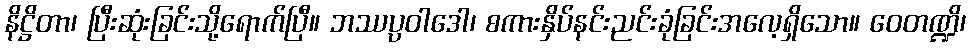
နိဋ္ဌိတာ၊ ပြီးဆုံးခြင်းသို့ရောက်ပြီ။ ဘဿပ္ပဝါဒေါ၊ စကားနှိပ်နင်းညင်းခုံခြင်းအလေ့ရှိသော။ ဝေတဏ္ဍိ၊